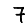
Digit: 7